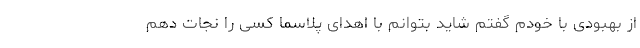
از بهبودی با خودم گفتم شاید بتوانم با اهدای پلاسما کسی را نجات دهم